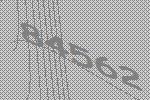
84562